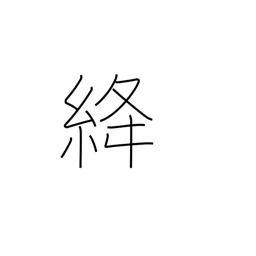
Meaning: red